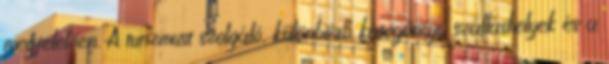
megfelelően. A turizmust szolgáló, különböző kategóriájú szálláshelyek és a